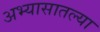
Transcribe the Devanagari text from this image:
अभ्यासातल्या